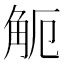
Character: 𧣂